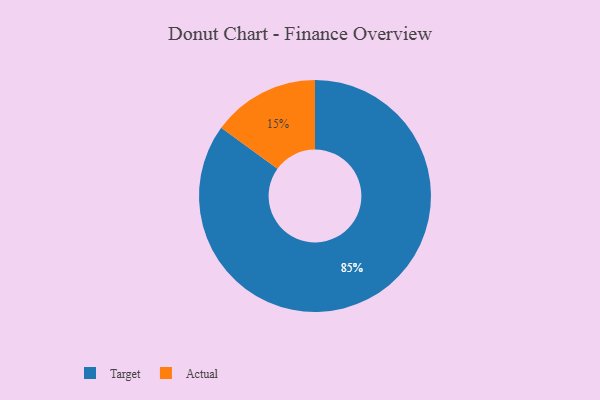
{"axis": {"x": "Category", "y": "Percentage"}, "legend": ["Actual", "Target"], "data": [{"x": "Target", "y": 85, "type": "Target"}, {"x": "Actual", "y": 15, "type": "Actual"}]}